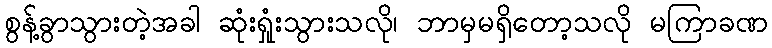
စွန့်ခွာသွားတဲ့အခါ ဆုံးရှုံးသွားသလို၊ ဘာမှမရှိတော့သလို မကြာခဏ